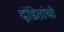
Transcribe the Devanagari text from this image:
दंडितांची